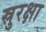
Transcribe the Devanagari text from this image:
स्रुरक्षा